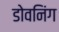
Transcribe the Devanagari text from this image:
डोवनिंग